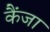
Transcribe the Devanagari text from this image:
कैंजा